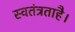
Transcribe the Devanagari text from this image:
स्वतंत्रताहै।